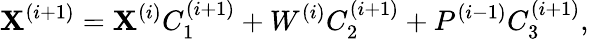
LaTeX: \mathbf{X}^{(i+1)}=\mathbf{X}^{(i)}C_{1}^{(i+1)}+W^{(i)}C_{2}^{(i+1)}+P^{(i-1)}C_{3}^{(i+1)},